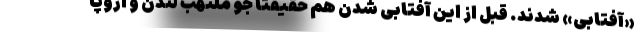
«آفتابی» شدند. قبل از این آفتابی شدن هم حقیقتا جو ملتهب لندن و اروپا